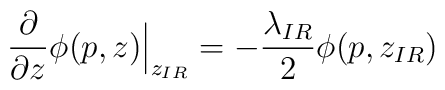
\frac {\partial} {\partial z}\phi(p,z)\Big|_{z_{IR}}=-\frac{\lambda_{IR}} 2 \phi(p,z_{IR})